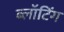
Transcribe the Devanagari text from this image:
ब्लॉटिंग